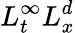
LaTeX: L_{t}^{\infty}L_{x}^{d}